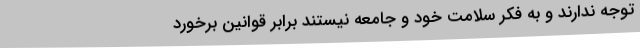
توجه ندارند و به فکر سلامت خود و جامعه نیستند برابر قوانین برخورد